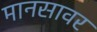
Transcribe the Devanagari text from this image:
मानसावर